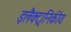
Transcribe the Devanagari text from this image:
इलैक्ट्रानिकीय